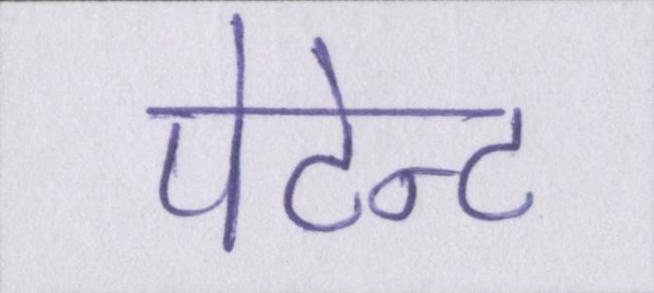
पेटेन्ट